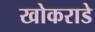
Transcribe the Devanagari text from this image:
खोकराडे